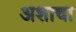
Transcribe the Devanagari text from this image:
अशाचा